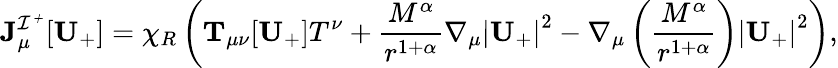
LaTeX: {\mathbf J}_{\mu}^{\mathcal{I^{+}}}[\mathbf{U}_{+}]=\chi_{R}\left(\mathbf{T}_{\mu\nu}[\mathbf{U}_{+}]T^{\nu}+\frac{M^{\alpha}}{r^{1+\alpha}}\nabla_{\mu}\left|\mathbf{U}_{+}\right|^{2}-\nabla_{\mu}\left(\frac{M^{\alpha}}{r^{1+\alpha}}\right)\left|\mathbf{U}_{+}\right|^{2}\right),